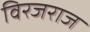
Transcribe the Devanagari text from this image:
विरजराज